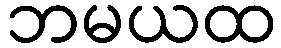
ဘမယထ